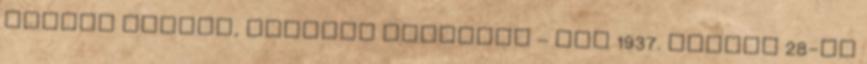
alatti lakost, Krénusz Lászlóné – aki 1937. július 28-án